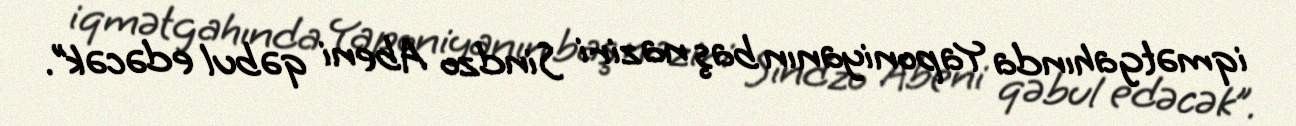
iqmətgahında Yaponiyanın baş naziri Sindzo Abeni qəbul edəcək”.